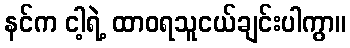
နင်က ငါ့ရဲ့ ထာဝရသူငယ်ချင်းပါကွာ။